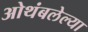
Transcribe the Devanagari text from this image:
ओथंबलेल्या